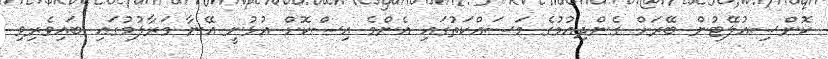
ކޮންސިއުލޭޓުން ބޭރަށް ގެންދިއުމުގެ މަސައްކަތުގައި އެންމެ އިސްކޮށް އުޅުނީ އޭނާ މަރާލުމުގައި ބައިވެރިވި